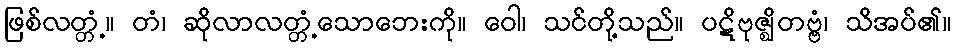
ဖြစ်လတ္တံ့။ တံ၊ ဆိုလာလတ္တံ့သောဘေးကို။ ဝေါ၊ သင်တို့သည်။ ပဋိဗုဇ္ဈိတဗ္ဗံ၊ သိအပ်၏။